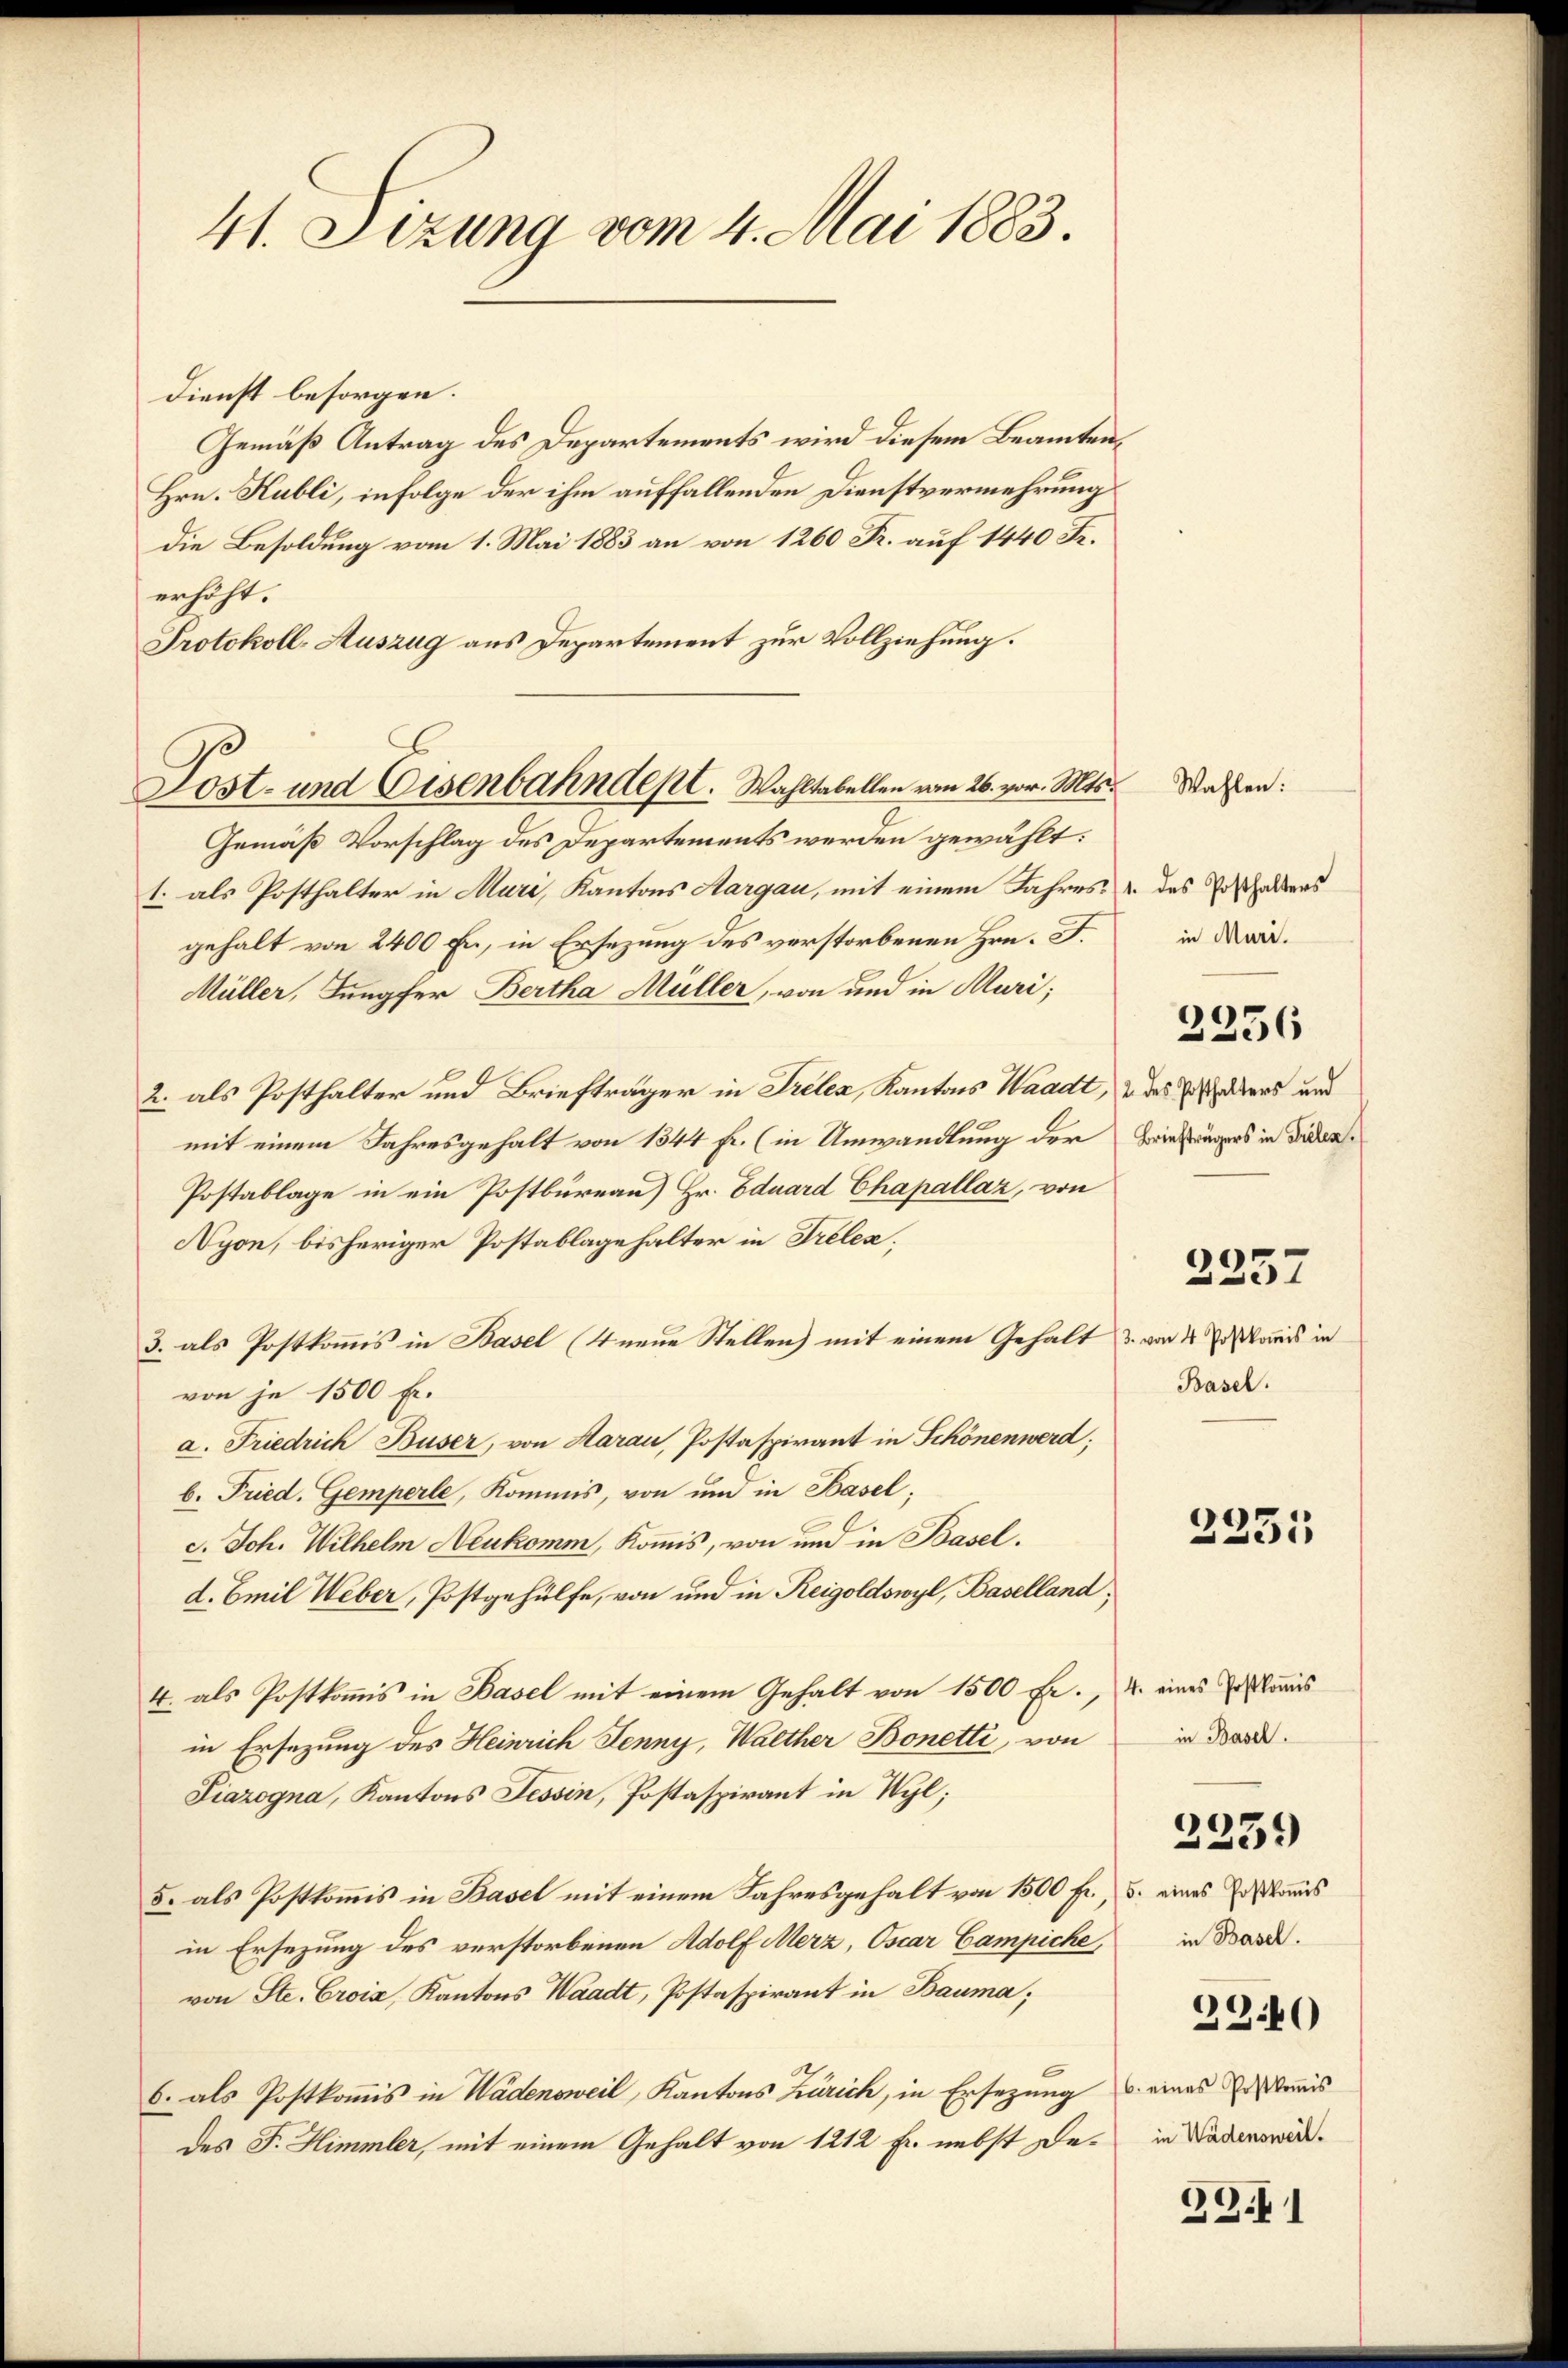
41. Sizung vom 4. Mai 1883.

Dienst besorgen.
Gemäß Antrag des Departements wird diesem Beamten¬
Hrn. Kubli, infolge der ihm auffallenden Dienstvermehrung
die Besoldung vom 1. Mai 1883 an von 1260 Fr. auf 1440 Fr.
erhöht.
Protokoll-Auszug aus Departement zur Vollziehung.
Gemäß Vorschlag des Departements werden gewählt:
1. als Posthalter in Muri, Kantons Aargau, mit einem Jahres u. des Posthalters
gehalt von 2400 Fr, in Ersezung des verstorbenen Hrn. F.
Müller, Jungfer Bertha Müller, von und in Muri;
2. als Posthalter und Briefträger in Treten, Kantons Waadt, & das ders und
mit einem Jahresgehalt von 1344 f. (in Umwandlung der
Postablage in ein Postbureau) Hr. Eduard Chapallaz, von
Nyon, bisheriger Postablage halter in Trelen;
3. als Postkommis in Basel (4 neue Stellen) mit einem Gehalt
von je 1500 Fr.
a. Friedrich Buser, von Harau, Postaspirant in Schönen werd;
b. Fried. Gemperle, Kommis, von und in Basel;
c. Joh. Wilhelm Neukomm, Kommis, von und in Basel.
d. Emil Weber, Postgehülfe, von und in Reigoldswyl, Baselland;
4. als Postkommis in Basel mit einem Gehalt von 1500 Fr.,
in Ersezung des Heinrich Jenny, Walther Bonetti, von
Liazogna, Kantons Tessin, Postaspirant in Wyl;
5. als Postkommis in Basel mit einem Jahresgehalt von 1500 Fr.,
in Ersezung des verstorbenen Adolf Merz, Oscar Campiche,
von Ste. Croix, Kantons Waadt, Postaspirant in Bauma;
.
6. als Postkommis in Wädensweil, Kantons Zürich, in Ersezung u. eines Erstens
des F. Himmler, mit einem Gehalt von 1212 fr. nebst De¬

Lost- und Eisenbahndept. Wahltabellen vom 26. vor. Mts. Wassen:

in Muri.
2256
Briefträgers in Fielen.

2257

. von 4 Postkoṁis in
Basel.

2231

4. eines Postkomis
in Basel.
2239)
5. eines Postkoṁis
in Basel.

2340

in Wädensweil.

39.1